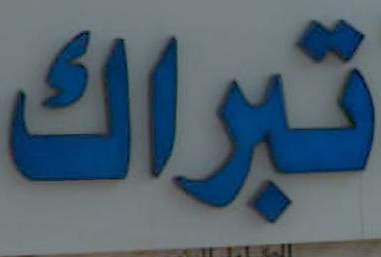
تبراك